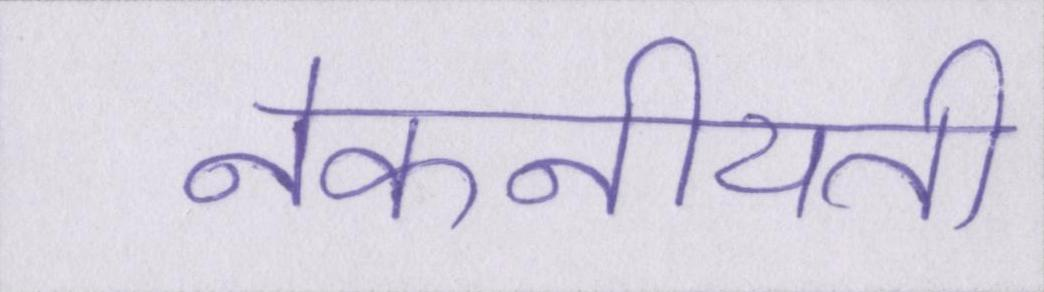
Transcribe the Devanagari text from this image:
नेकनीयती